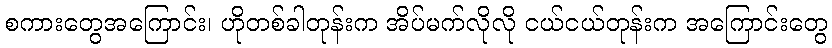
စကားတွေအကြောင်း၊ ဟိုတစ်ခါတုန်းက အိပ်မက်လိုလို ငယ်ငယ်တုန်းက အကြောင်းတွေ